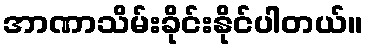
အာဏာသိမ်းခိုင်းနိုင်ပါတယ်။